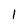
Character: 1